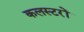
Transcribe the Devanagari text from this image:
कलस्टरों